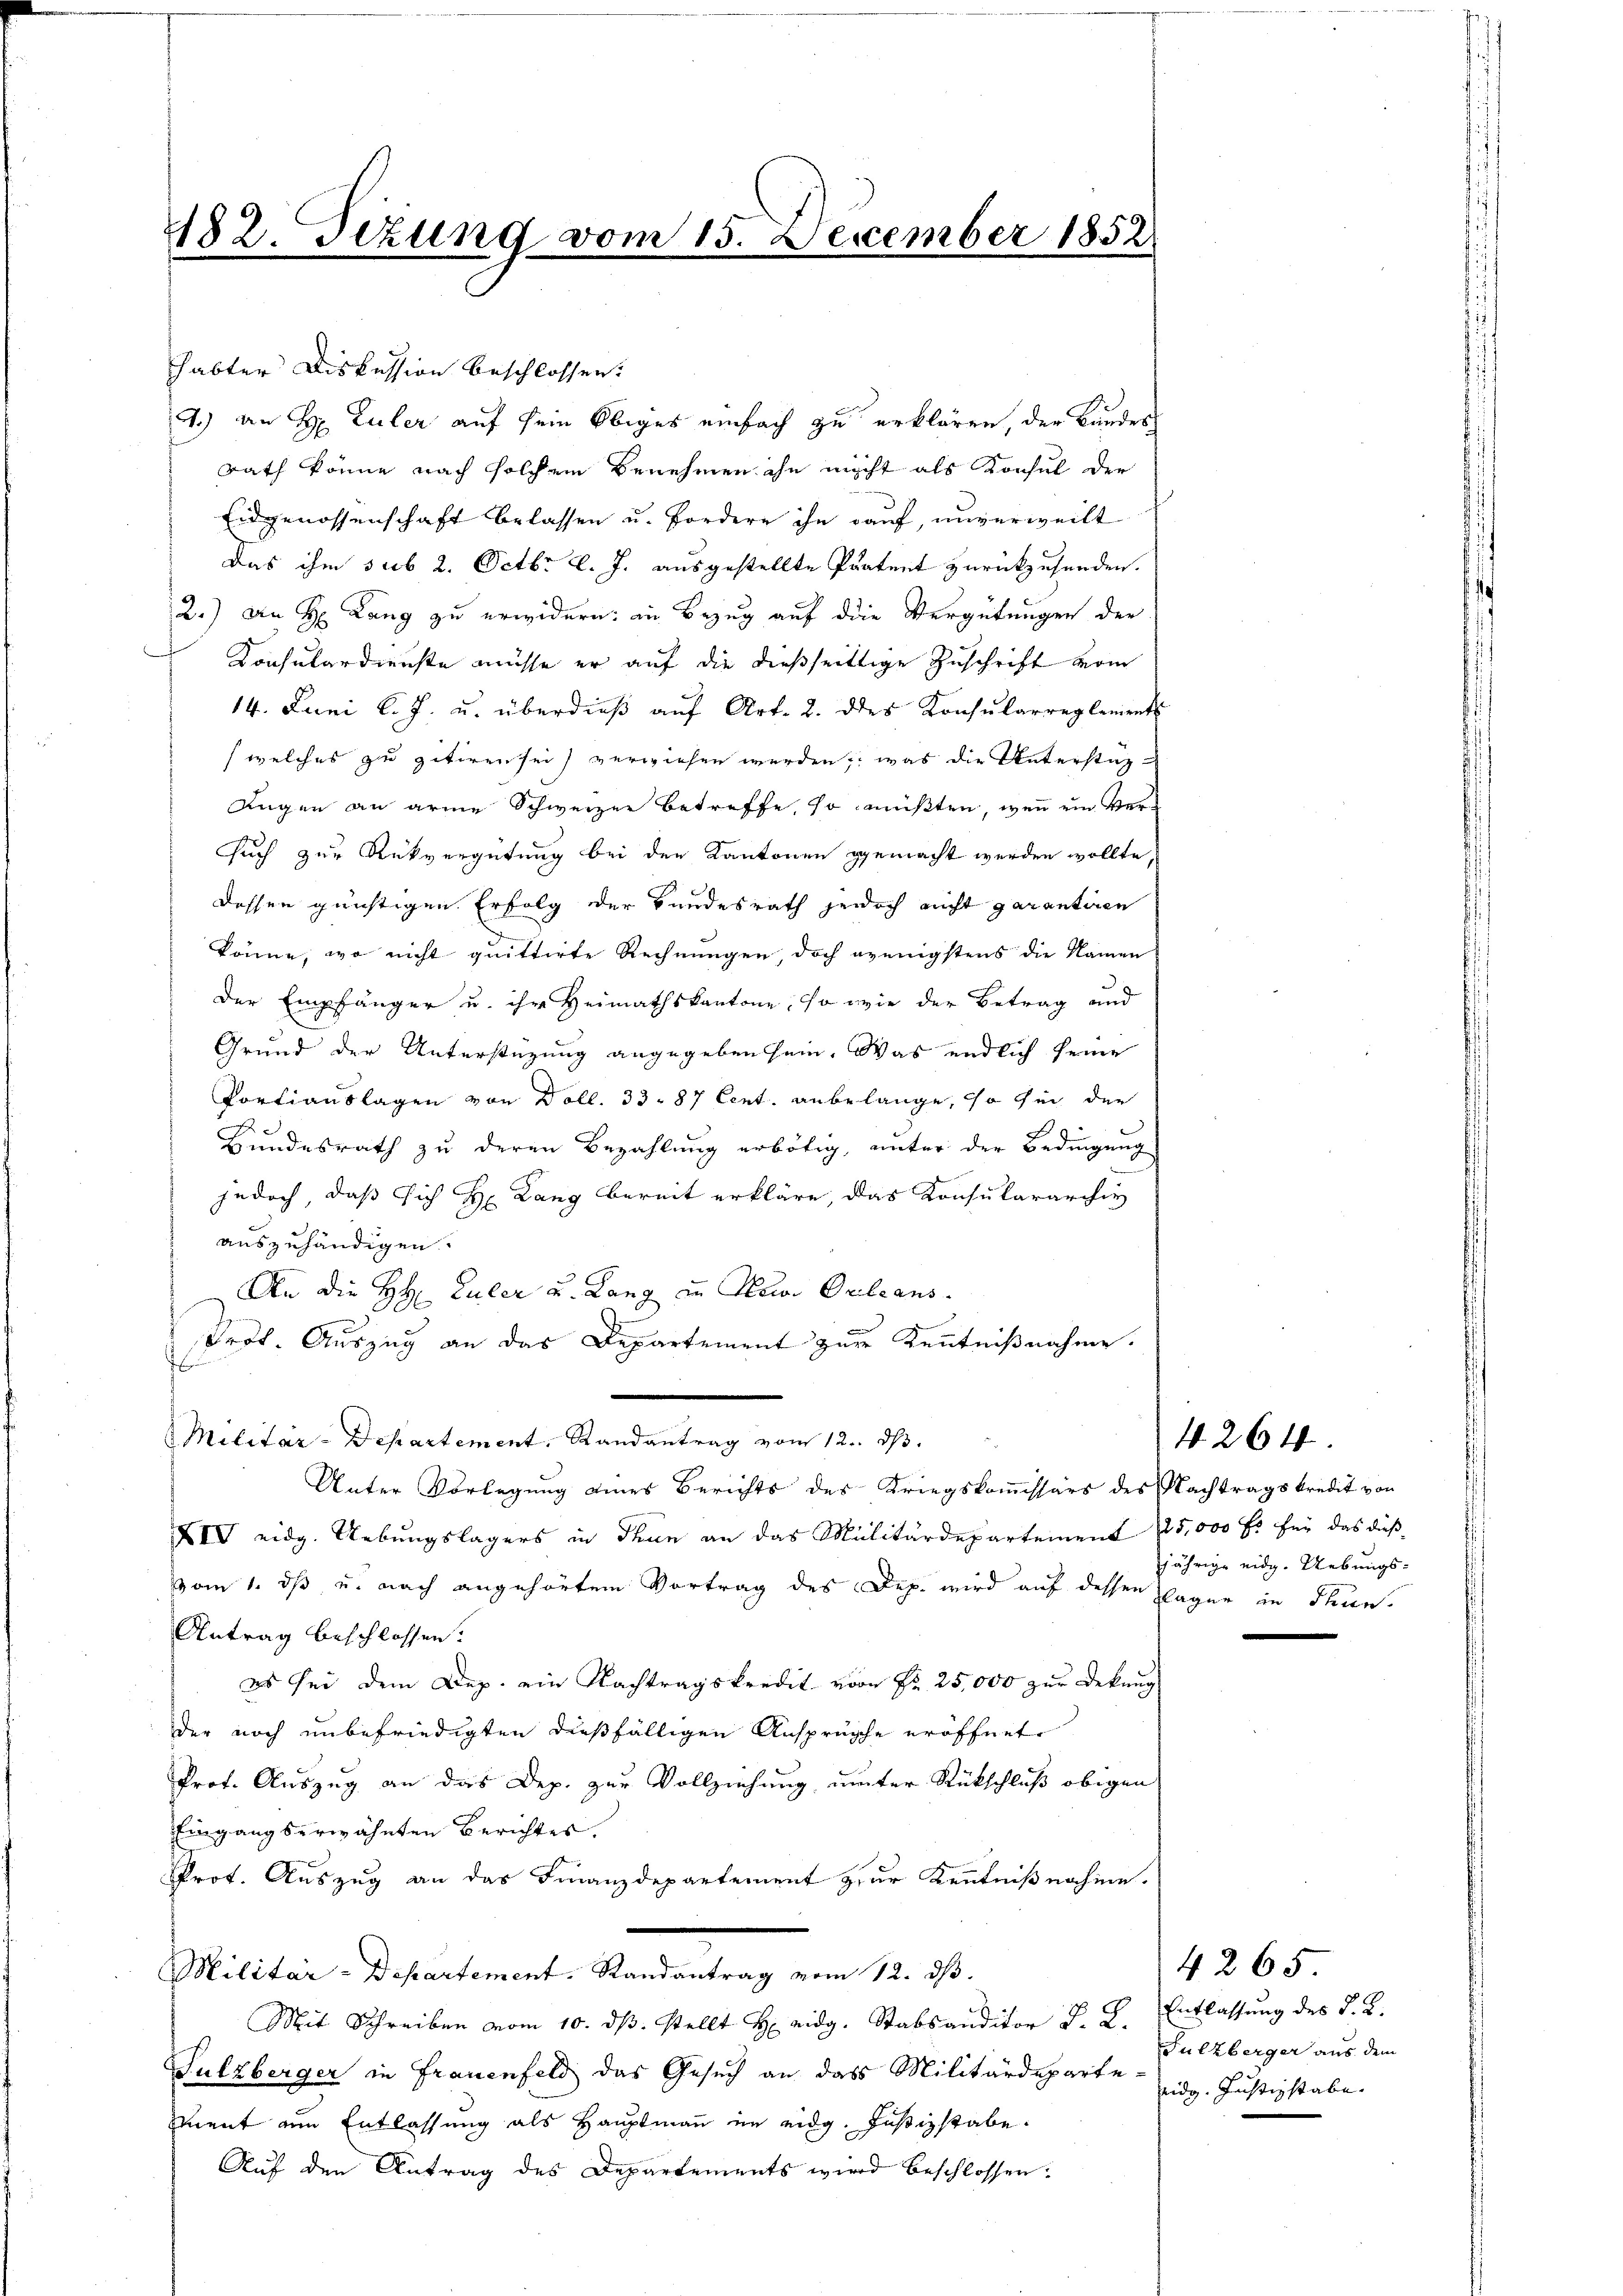
182. Tizung vom 15. December 1852.

habter Diskussion beschlossen:
.) an H. Euler auf sein Obiges einfach zu erklären, der Landes
Rath könne nach solchem Benehmen ihn nicht als Konsul der
Eidgenossenschaft belassen u. Fordere ihn auf, unverweilt
Das ihm sub 2. Octbr l. J. ausgestellte Pratent zurückzusenden.
2.) An H. Lang zu erwidern: in Bezug auf die Vergütungen der
Konsulardienste müsse er auf die dießseitige Zuschrift vom
14. Juni l. J. u. überdieß auf Art. 2. des Konsularreglement
(welches zu zitiren sei, verwiesen werden, was die Unterstütz¬
Augen an arme Schweizer betreffe, so müßten, wenn ein Versuch zur Rückvergütung bei den Kantonen gemacht werden wollte,
dessen günstigen Erfolg der Bundesrath jedoch nicht garantiren
könne, wo nicht quittirte Rechnungen, doch wenigstens die Namen
Der Empfänger u. ihr Heimathskantone, so wie der Betrag und
Grund der Unterstüzung angegeben sein. Was endlich seine
Portiauslagen von Doll. 33. 87 Cent. anbelange, so sei der
Bundesrath zu deren Bezahlung erbötig, unter der Bedingung
jedoch, daß sich H. Lang bereit erkläre, das Konsulararchiv
auszuhändigen.
An die HH. Zuler u. Lang an Sowo Orleans
Prof. Auszug an das Departement zur Kenntnißnahme.
Militär-Departement. Randantrag vom 12. ds.
Unter Vorlegung eines Berichts des Kriegskommissärs des Nachtragskredit von
XIV eidg. Uebungslagers in Thun an das Militärdepartement 225,000 fr für das dieß
vom 1. ds u. nach angehörtem Vortrag des Dep. wird auf dessen Plagen in Thun-
Antrag beschlossen:
es sei dem Dep. ein Nachtragskredit von Fr. 25,000 zur Dekung
der noch unbefriedigten dießfälligen Ansprüche eröffnet
Prot. Auszug an das Dep. zur Vollziehung unter Rückschluß obigen
Eingangserwähnten Berichtes.
Prot. Auszug an das Finanzdepartement zur Kenntnißnahme.
Militar-Departement. Randantrag vom 12. dβ.
Mit Schreiben vom 10. dβ. stellt H eidg. Stabsauditor J. L. Entlassung des §. 2.
Sulzberger in Frauenfeld das Gesuch an das Militärdeparte eidg. Justizstabe.
mnent zum Entlassung als Hauptmann im eidg. Justizstabe.
Auf den Antrag des Departements wird beschlossen:

4264

jährige eidg. Uebungs-

4265

Sulzberger aus dem